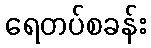
ရေတပ်စခန်း